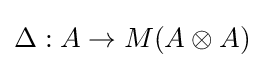
\Delta :A\to M(A\otimes A)